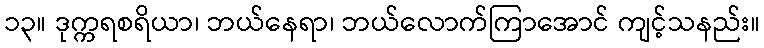
၁၃။ ဒုက္ကရစရိယာ၊ ဘယ်နေရာ၊ ဘယ်လောက်ကြာအောင် ကျင့်သနည်း။